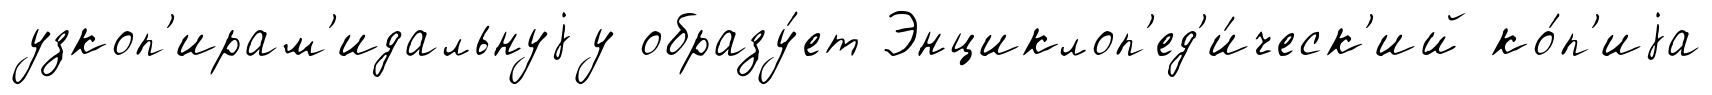
узкоп'ирам'идальнуjу образу́ет Энциклоп'ед'и́ческ'ий ко́п'иjа